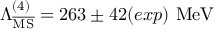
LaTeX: \Lambda _ { \overline { { \mathrm { M S } } } } ^ { ( 4 ) } = 2 6 3 \pm 4 2 ( e x p ) \ \mathrm { M e V }